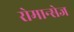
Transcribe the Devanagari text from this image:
रोमान्सेज